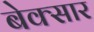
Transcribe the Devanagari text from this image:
बेक्सार